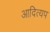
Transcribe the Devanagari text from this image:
आदित्यप